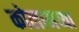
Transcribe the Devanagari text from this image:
कोलामच्या